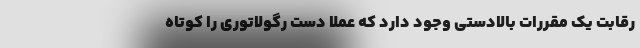
رقابت یک مقررات بالادستی وجود دارد که عملاً دست رگولاتوری را کوتاه